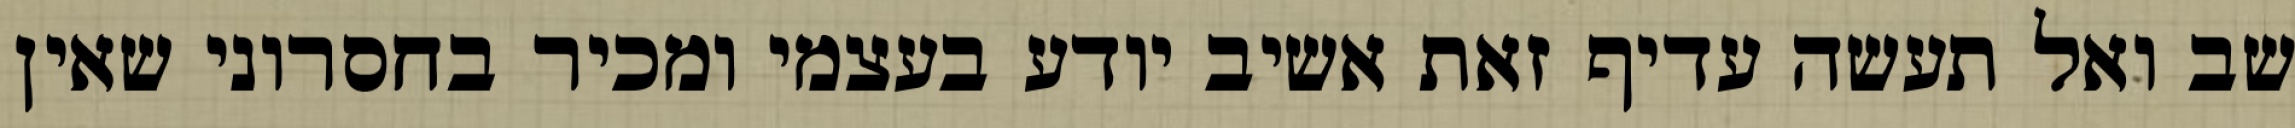
שב ואל תעשה עדיף זאת אשיב יודע בעצמי ומכיר בחסרוני שאין